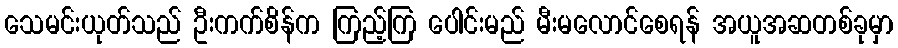
သေမင်းယုတ်သည် ဦးကက်စိန်က ကြည့်ကြ ပေါင်းမည် မီးမလောင်စေရန် အယူအဆတစ်ခုမှာ